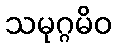
သမုဂ္ဂမိဝ